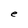
Character: e